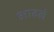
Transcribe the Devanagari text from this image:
आढले